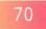
70